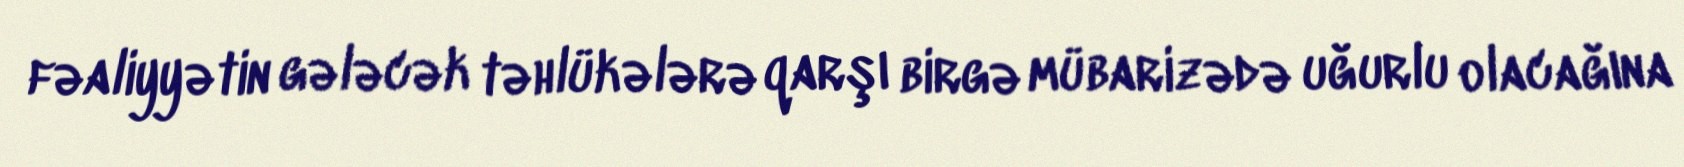
fəaliyyətin gələcək təhlükələrə qarşı birgə mübarizədə uğurlu olacağına